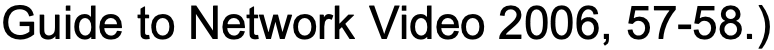
Guide to Network Video 2006, 57-58.)